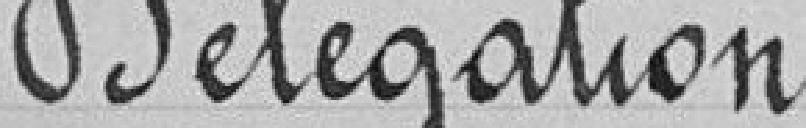
Délégation